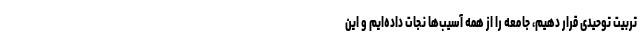
تربیت توحیدی قرار دهیم، جامعه را از همه آسیب‌ها نجات داده‌ایم و این